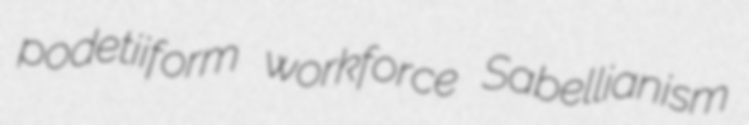
podetiiform workforce Sabellianism